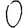
Digit: 0